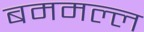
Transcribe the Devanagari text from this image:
बममल्ल